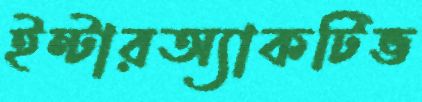
ইন্টারঅ্যাকটিভ